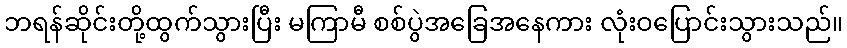
ဘရန်ဆိုင်းတို့ထွက်သွားပြီး မကြာမီ စစ်ပွဲအခြေအနေကား လုံးဝပြောင်းသွားသည်။